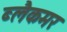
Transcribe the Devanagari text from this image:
ब्लैकमर